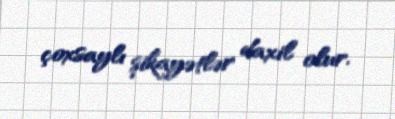
çoxsaylı şikayətlər daxil olur.